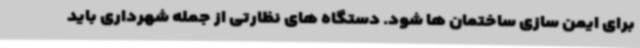
برای ایمن سازی ساختمان ها شود. دستگاه های نظارتی از جمله شهرداری باید